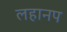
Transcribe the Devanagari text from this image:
लहानप